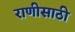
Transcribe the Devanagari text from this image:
राणीसाठी